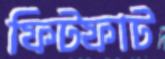
ফিটফাট